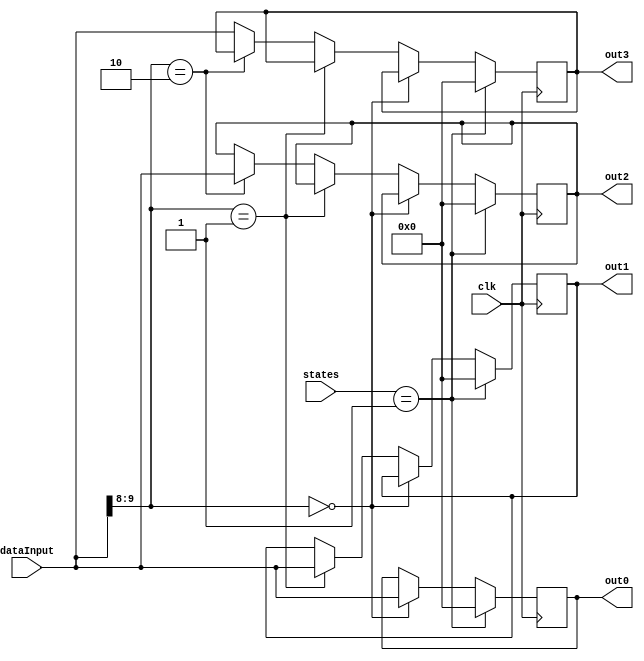
module multiplexOut(
		   input [11:0]      dataInput,
		   input [3:0] 	     states,
		   input 	     clk,
		   output reg [11:0] out0, out1, out2, out3
		   );

   always @(posedge clk) begin
      if(states == 'b0001) begin
	 {out0, out1, out2, out3} <= 0;
      end else begin
	 if(dataInput[9:8] == 'b00)
	   out0 <= dataInput;
	 else if(dataInput[9:8] == 'b01)
	   out1 <= dataInput;
	 else if(dataInput[9:8] == 'b10)
	   out2 <= dataInput;
	 else
	   out3 <= dataInput;
      end // else: !if(states == 'b0001)
   end // always @ (posedge clk)
   
endmodule // multiplexOut